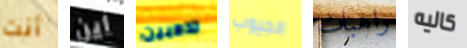
أنت أين تذهبين الجيوب راهبات كاليه